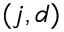
( j , d )